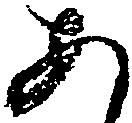
あ